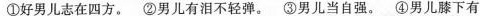
①好男儿志在四方。②男儿有泪不轻弹。③男儿当自强。④男儿膝下有